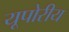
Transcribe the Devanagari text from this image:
यूपोरीय